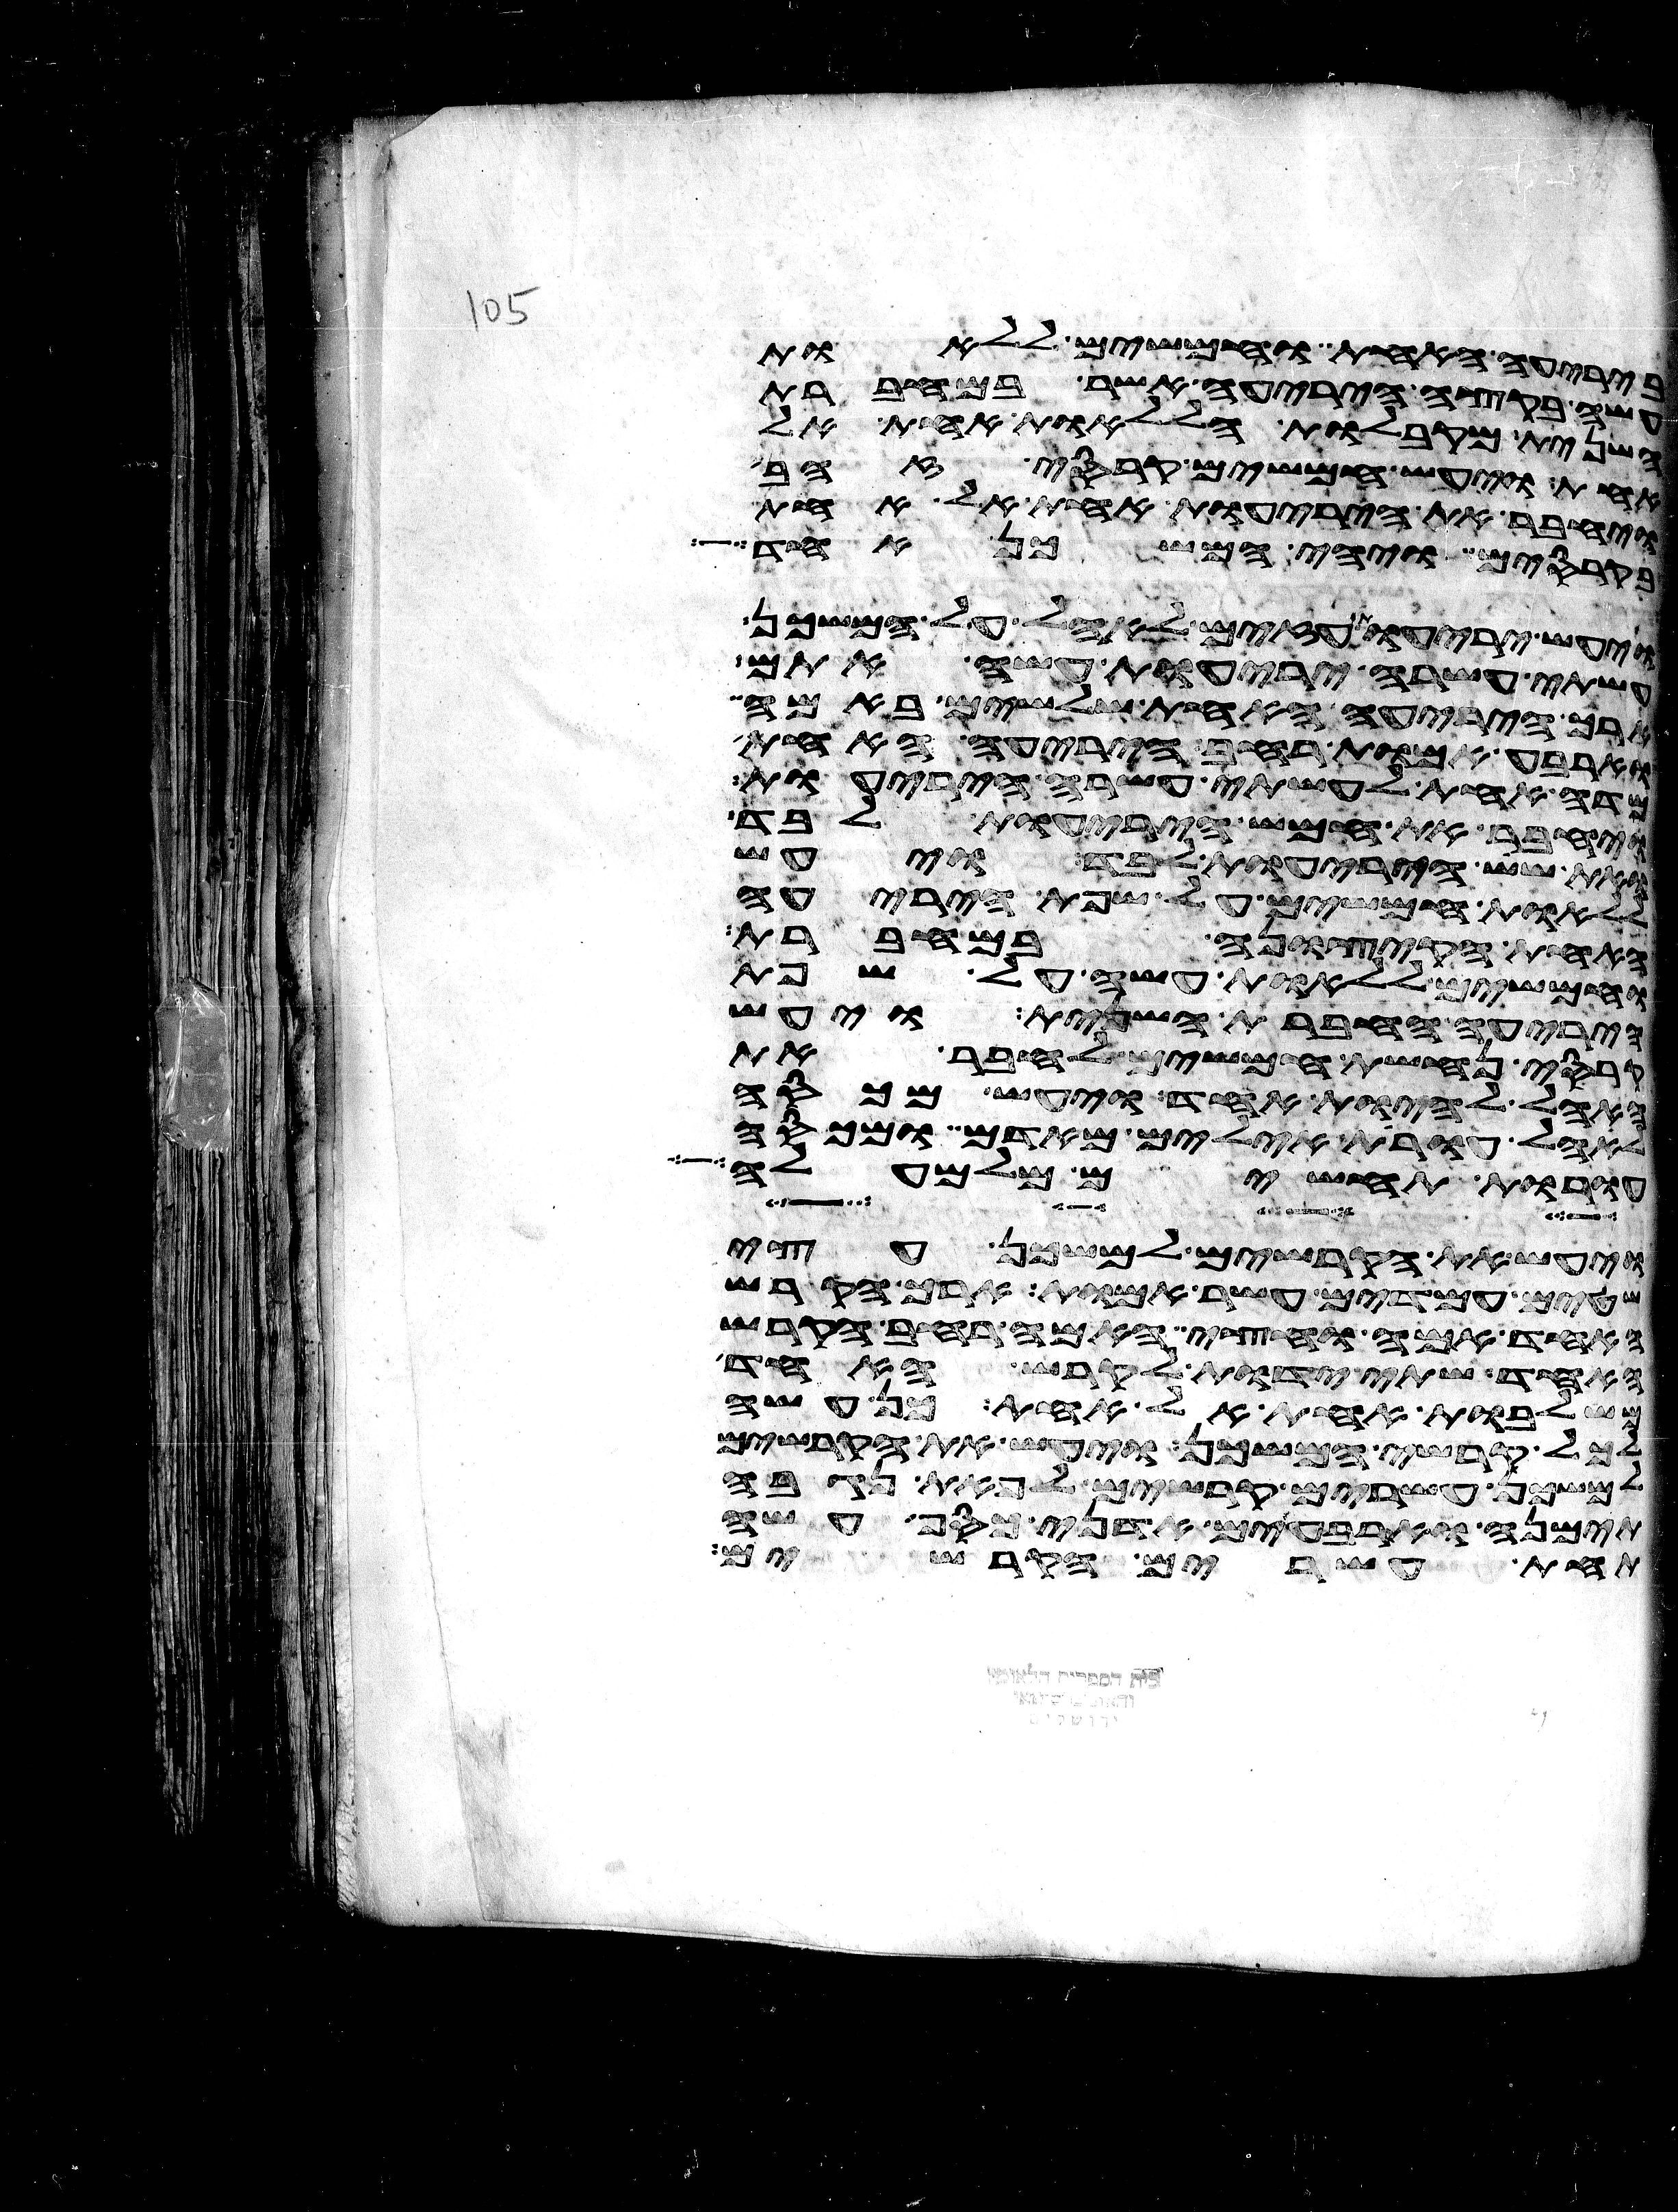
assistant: ביריעה האחת וחמשים ללאות
בקצה היריעה אשר במחברת
השנית מקבלות הללאות אחת אל
אחת ויעש חמשים קרסי זהב
ויחבר את היריעות אחת אל אחת
בקרסים ויהי המשכן אחד
ויעש יריעות עזים לאהל על המשכן
עשתה עשרה יריעות עשה אתם
ארך היריעה האחת שלשים באמה
וארבע אמות רחב היריעה האחת
מדה אחת לעשתה עשרה היריעות
ויחבר את חמש היריעות לבד
ואת שש היריעות לבד ויעש
ללאות חמשים על שפת היריעה
האחת הקצונה במחברת
וחמשים ללאות עשה על שפת
היריעה החברת השנית ויעש
קרסי נחשת חמשים לחבר את
האהל להיות אחד ויעש מכסה
לאהל עורת אילים מאדמים ומכסה
עורות תחשים מלמעלה
ויעש את הקרשים למשכן עצי
שטים עמדים עשר אמות ארך הקרש
האחד אמה וחצי האמה רחב הקרש
האחד שתי ידות לקרש האחד
משלבות אחת אל אחת כן עשה
לכל קרשי המשכן ויעש את הקרשים
למשכן עשרים קרשים לפאת נגבה
תימנה וארבעים אדני כסף עשה
תחת עשרים הקרשים